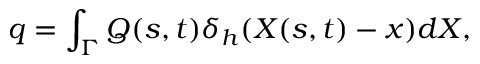
q = \int _ { \Gamma } Q ( s , t ) \delta _ { h } ( \boldsymbol { X } ( s , t ) - \boldsymbol { x } ) d \boldsymbol { X } ,